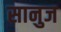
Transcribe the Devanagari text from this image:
सानुज